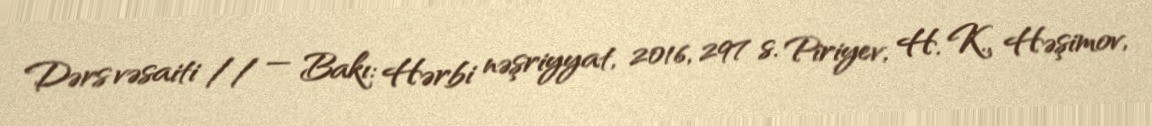
Dərs vəsaiti // — Bakı: Hərbi nəşriyyat, 2016, 297 s. Piriyev, H. K., Həşimov,